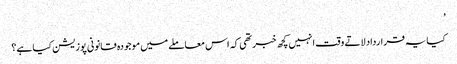
’
کیا یہ قرارداد لاتے وقت انہیں کچھ خبر تھی کہ اس معاملے میں موجودہ قانونی پوزیشن کیا ہے؟